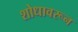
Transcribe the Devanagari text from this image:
शोधावरून